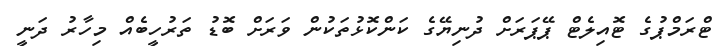
ޓްރަމްޕުގެ ޓޮއިލެޓް ޕޭޕަރަށް ދުނިޔޭގެ ކަންކޮޅުތަކުން ވަރަށް ބޮޑު ތަރުހީބެއް މިހާރު ދަނީ